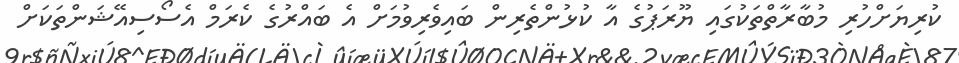
ކުރިޔަށްހުރި މުބާރާތްތަކުގައި ޔޫރަޕުގެ އާ ކުޅުންތެރިން ބައިވެރިވުމަށް އެ ބައްރުގެ ކެރަމް އެސޯސިއޭޝަންތަކަށް